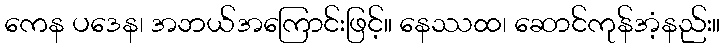
ကေန ပဒေန၊ အဘယ်အကြောင်းဖြင့်။ နေဿထ၊ ဆောင်ကုန်အံ့နည်း။